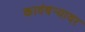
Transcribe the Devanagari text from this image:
कादंबर्‍यावर